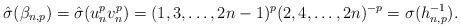
LaTeX: \begin{align*}\hat{\sigma}(\beta_{n,p}) = \hat{\sigma}(u_n^p v_n^p) = (1,3,\dots, 2n-1)^p (2,4, \dots, 2n)^{-p} = \sigma(h_{n,p}^{-1}). \end{align*}